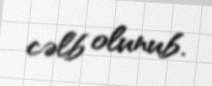
cəlb olunub.